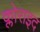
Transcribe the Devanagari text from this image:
क्लोराइद